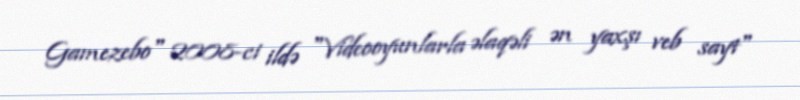
Gamezebo" 2008-ci ildə "Videooyunlarla əlaqəli ən yaxşı veb sayt"